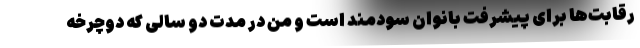
رقابت‌ها برای پیشرفت بانوان سودمند است و من در مدت دو سالی که دوچرخه